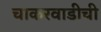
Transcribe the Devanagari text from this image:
चाकरवाडीची